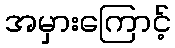
အမှားကြောင့်